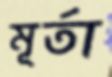
মূর্তা